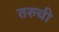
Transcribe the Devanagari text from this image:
तरुची